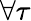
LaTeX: \forall\tau